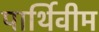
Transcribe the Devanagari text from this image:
पार्थिवीम